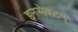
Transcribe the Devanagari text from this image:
इनसेक्टम्‌